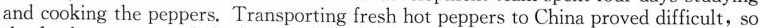
and cooking the peppers. Transporting fresh hot peppers to China proved difficult, so